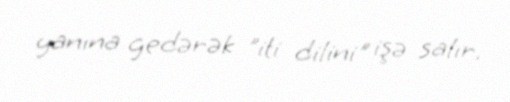
yanına gedərək "iti dilini" işə salır.